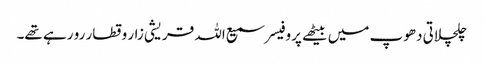
چلچلاتی دھوپ میں بیٹھے پروفیسر سمیع اللہ قریشی زار و قطار رو رہے تھے۔